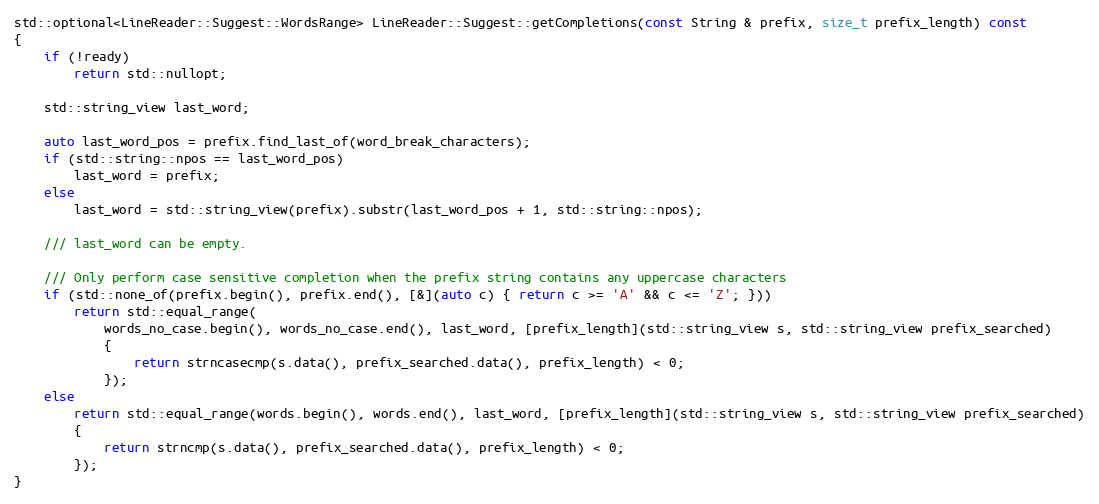
Language: C++
std::optional<LineReader::Suggest::WordsRange> LineReader::Suggest::getCompletions(const String & prefix, size_t prefix_length) const
{
    if (!ready)
        return std::nullopt;

    std::string_view last_word;

    auto last_word_pos = prefix.find_last_of(word_break_characters);
    if (std::string::npos == last_word_pos)
        last_word = prefix;
    else
        last_word = std::string_view(prefix).substr(last_word_pos + 1, std::string::npos);

    /// last_word can be empty.

    /// Only perform case sensitive completion when the prefix string contains any uppercase characters
    if (std::none_of(prefix.begin(), prefix.end(), [&](auto c) { return c >= 'A' && c <= 'Z'; }))
        return std::equal_range(
            words_no_case.begin(), words_no_case.end(), last_word, [prefix_length](std::string_view s, std::string_view prefix_searched)
            {
                return strncasecmp(s.data(), prefix_searched.data(), prefix_length) < 0;
            });
    else
        return std::equal_range(words.begin(), words.end(), last_word, [prefix_length](std::string_view s, std::string_view prefix_searched)
        {
            return strncmp(s.data(), prefix_searched.data(), prefix_length) < 0;
        });
}